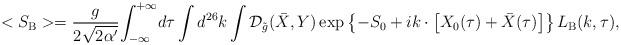
LaTeX: \begin{align*}<{S_{\mbox{\scriptsize B}}}>={g\over{2\sqrt{2\alpha'}}}{\int_{-\infty}^{+\infty}}d\tau\int{d^{26}}k\int{\mathcal{D}_{\tilde{g}}}(\bar{X},Y)\exp\left\{-{S_0}+ik\cdot\left[{X_0}(\tau)+\bar{X}(\tau)\right]\right\}{L_{\mbox{\scriptsize B}}}(k,\tau),\end{align*}